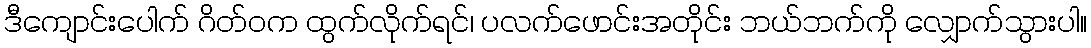
ဒီကျောင်းပေါက် ဂိတ်ဝက ထွက်လိုက်ရင်၊ ပလက်ဖောင်းအတိုင်း ဘယ်ဘက်ကို လျှောက်သွားပါ။